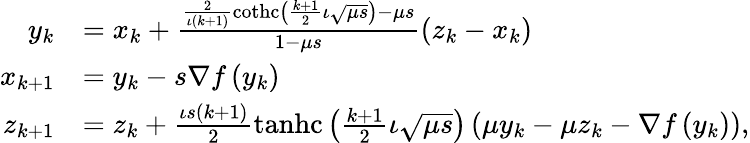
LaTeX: \begin{array}{rl}{y_{k}}&{=x_{k}+\frac{\frac{2}{\iota(k+1)}\operatorname{cothc}\left(\frac{k+1}{2}\iota\sqrt{\mu s}\right)-\mu s}{1-\mu s}\left(z_{k}-x_{k}\right)}\\ {x_{k+1}}&{=y_{k}-s\nabla f\left(y_{k}\right)}\\ {z_{k+1}}&{=z_{k}+\frac{\iota s(k+1)}{2}\operatorname{tanhc}\left(\frac{k+1}{2}\iota\sqrt{\mu s}\right)\left(\mu y_{k}-\mu z_{k}-\nabla f\left(y_{k}\right)\right),}\end{array}